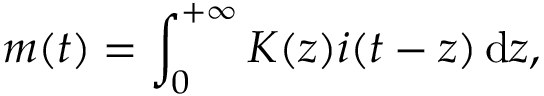
m ( t ) = \int _ { 0 } ^ { + \infty } K ( z ) i ( t - z ) \mathop { } \! \mathrm { d } z ,